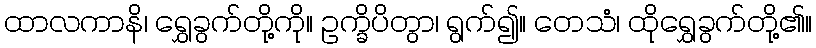
ထာလကာနိ၊ ရွှေခွက်တို့ကို။ ဥက္ခိပိတွာ၊ ရွက်၍။ တေသံ၊ ထိုရွှေခွက်တို့၏။